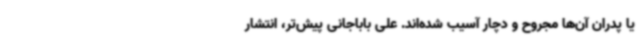
یا پدران آن‌ها مجروح و دچار آسیب شده‌اند. علی باباجانی پیش‌تر، انتشار